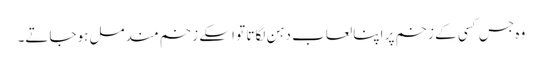
وہ جس کسی کے زخم پر اپنا لعاب دہن لگاتا تو اسکے زخم مندمل ہوجاتے۔